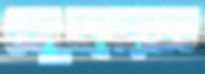
গুনতুমছাপবারতত